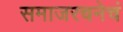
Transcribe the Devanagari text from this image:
समाजरचनेचं